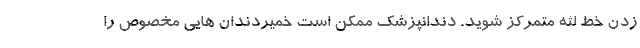
زدن خط لثه متمرکز شوید. دندانپزشک ممکن است خمیردندان هایی مخصوص را